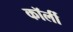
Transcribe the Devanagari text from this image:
कॉर्ली